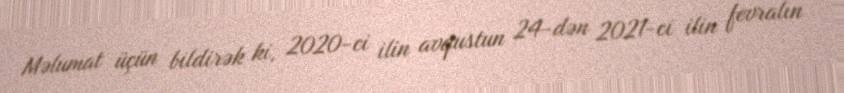
Məlumat üçün bildirək ki, 2020-ci ilin avqustun 24-dən 2021-ci ilin fevralın